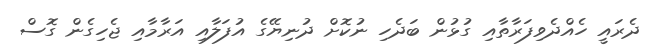
ދެރައީ ހެއްދެވިފަރާތާާއި ގުޅުން ބަދެހި ނުކޮށް ދުނިޔޭގެ އުފަލާއި އަރާމާއި ޖެހިގެން ގޮސް